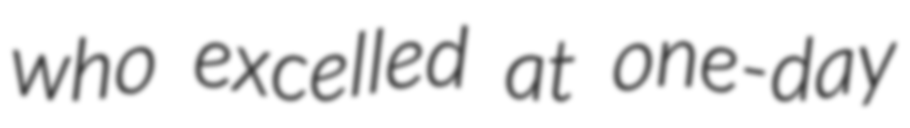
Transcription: who excelled at one-day